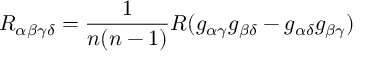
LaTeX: R _ { \alpha \beta \gamma \delta } = \frac { 1 } { n ( n - 1 ) } R ( g _ { \alpha \gamma } g _ { \beta \delta } - g _ { \alpha \delta } g _ { \beta \gamma } )